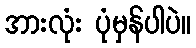
အားလုံး ပုံမှန်ပါပဲ။